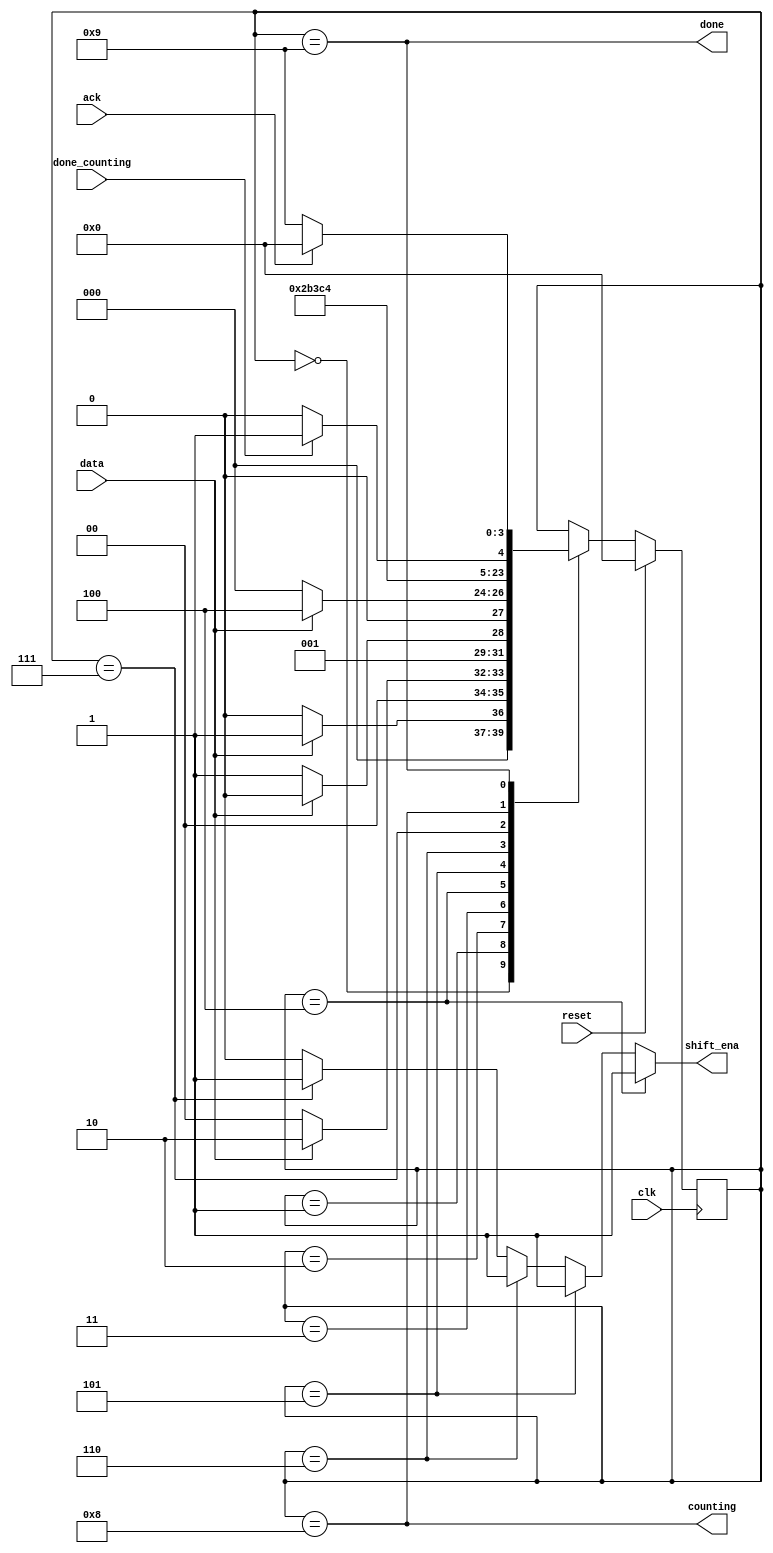
module top_module (
    input clk,
    input reset,      // Synchronous reset
    input data,
    output shift_ena,
    output counting,
    input done_counting,
    output done,
    input ack );

    parameter [3:0] S     = 4'd0;
    parameter [3:0] S1    = 4'd1;
    parameter [3:0] S11   = 4'd2;
    parameter [3:0] S110  = 4'd3;
    parameter [3:0] B0    = 4'd4;
    parameter [3:0] B1    = 4'd5;
    parameter [3:0] B2    = 4'd6;
    parameter [3:0] B3    = 4'd7;
    parameter [3:0] COUNT = 4'd8;
    parameter [3:0] WAIT  = 4'd9;

    reg [3:0] cs, ns;

    // Reset
    always @(posedge clk) begin
        if(reset)
            cs <= S;
        else
            cs <= ns;
    end

    // State Transition
    always @(*) begin
        case (cs)
            S:          ns = data? S1 : S;
            S1:         ns = data? S11 : S;
            S11:        ns = data? S11 : S110;
            S110:       ns = data? B0 : S;
            B0:         ns = B1;
            B1:         ns = B2;
            B2:         ns = B3;
            B3:         ns = COUNT;
            COUNT:      ns = done_counting? WAIT    :   COUNT;
            WAIT:       ns = ack?           S       :   WAIT;
            default:    ns = cs;
        endcase
    end

    // Output Assignment
    assign shift_ena =  (cs==B0)? 1'b1  :
                        (cs==B1)? 1'b1  :
                        (cs==B2)? 1'b1  :
                        (cs==B3)? 1'b1  : 1'b0;
    assign counting = (cs==COUNT);
    assign done = (cs==WAIT);

endmodule